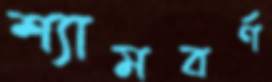
শ্যামবর্ণ